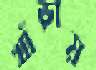
খাঁড়ায়